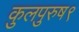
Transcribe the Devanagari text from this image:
कुलपुरुष९